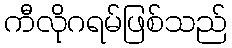
ကီလိုဂရမ်ဖြစ်သည်